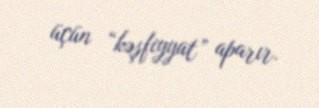
üçün “kəşfiyyat” aparır.